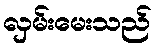
လှမ်းမေးသည်